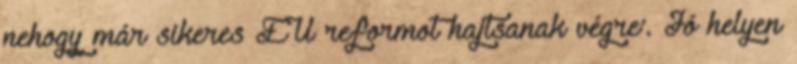
nehogy már sikeres EÜ reformot hajtsanak végre’. Jó helyen